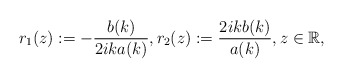
\begin{align*}r_1(z):=-\frac{b(k)}{2ika(k)}, r_2(z):=\frac{2ikb(k)}{a(k)}, z \in \mathbb{R}, \end{align*}